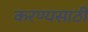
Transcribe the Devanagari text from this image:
करण्यसाठी